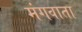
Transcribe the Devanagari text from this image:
मंगवाता